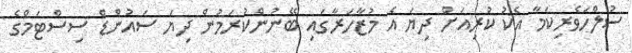
ސުލްހަވެރިކަމާ އެކު ކުރިއަށް ދިޔަ އެ މުޒާހަރާގައި ބޭނުންކުރަމުން ދިޔަ ސައުންޑް ސިސްޓަމްގެ